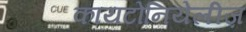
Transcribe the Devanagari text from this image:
कायटोनियेलीज़